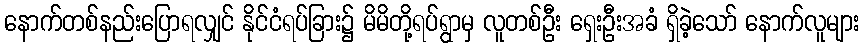
နောက်တစ်နည်းပြောရလျှင် နိုင်ငံရပ်ခြား၌ မိမိတို့ရပ်ရွာမှ လူတစ်ဦး ရှေးဦးအခံ ရှိခဲ့သော် နောက်လူများ